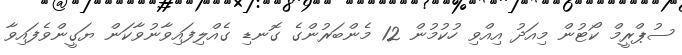
ސުޕްރީމް ކޯޓުން މިއަދު އިއްވި ހުކުމުން 12 މެންބަރުންގެ ގޮނޑި ގެއްލިފައިވާނުވާކަން ޔަގީންވެފައިވާ